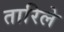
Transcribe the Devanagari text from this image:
तारिले